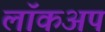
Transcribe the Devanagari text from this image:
लॉकअप